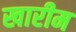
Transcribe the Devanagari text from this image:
खारीम